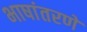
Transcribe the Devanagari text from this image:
भाषांतरणे